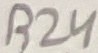
Text: R24